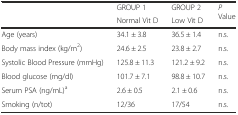
<table><thead><tr><td rowspan="2">[EMPTY_CELL]</td><td><b>GROUP 1</b></td><td><b>GROUP 2</b></td><td rowspan="2"><b><i>P</i> Value</b></td></tr><tr><td><b>Normal Vit D</b></td><td><b>Low Vit D</b></td></tr></thead><tbody><tr><td>Age (years)</td><td>34.1 ± 3.8</td><td>36.5 ± 1.4</td><td>n.s.</td></tr><tr><td>Body mass index (kg/m<sup>2</sup>)</td><td>24.6 ± 2.5</td><td>23.8 ± 2.7</td><td>n.s.</td></tr><tr><td>Systolic Blood Pressure (mmHg)</td><td>125.8 ± 11.3</td><td>121.2 ± 9.2</td><td>n.s.</td></tr><tr><td>Blood glucose (mg/dl)</td><td>101.7 ± 7.1</td><td>98.8 ± 10.7</td><td>n.s.</td></tr><tr><td>Serum PSA (ng/mL)<sup>a</sup></td><td>2.6 ± 0.5</td><td>2.1 ± 0.6</td><td>n.s.</td></tr><tr><td>Smoking (n/tot)</td><td>12/36</td><td>17/54</td><td>n.s.</td></tr></tbody></table>